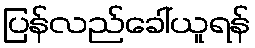
ပြန်လည်ခေါ်ယူရန်